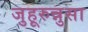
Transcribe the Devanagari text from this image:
जुहूरुन्नुसा